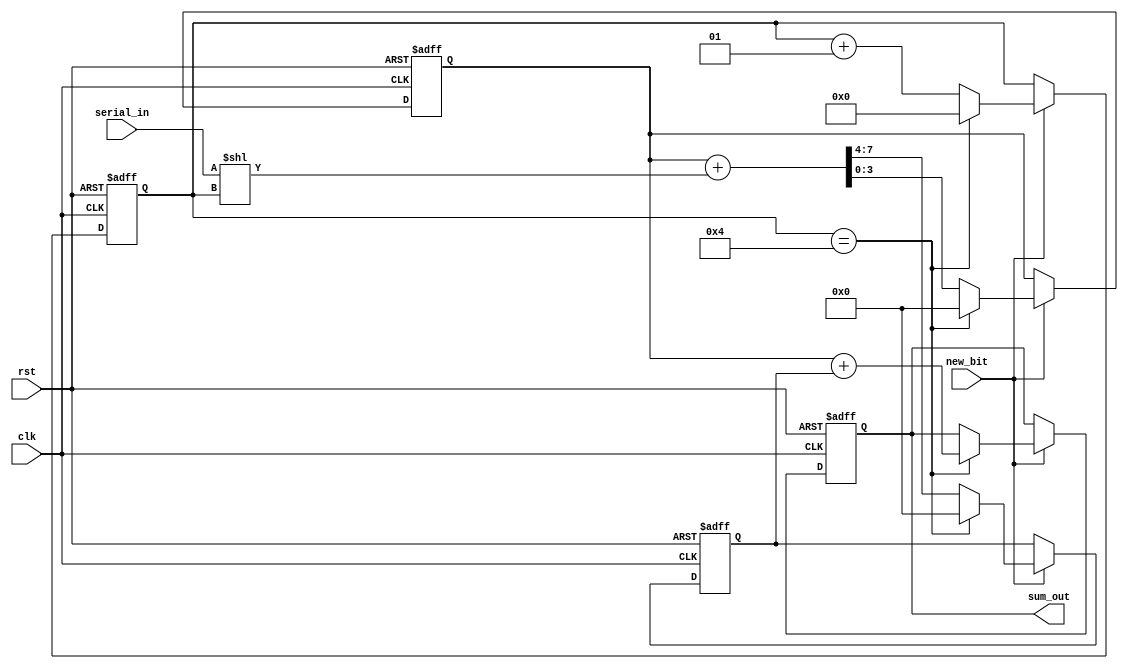
module CarrySaveAdder (
    input wire clk,                // Clock signal
    input wire rst,                // Reset signal
    input wire new_bit,            // Control signal indicating a new bit is available
    input wire [n-1:0] serial_in,  // Serial input data (assuming n bits for each number)
    output reg [n:0] sum_out       // Output sum (n+1 bits to accommodate carry)
);

parameter n = 4; // Number of bits in each input number
reg [n-1:0] sum;          // Current sum register
reg [n-1:0] carry;        // Current carry register
reg [2*n-1:0] temp_sum;   // Temporary storage for sum and carry calculation
integer count;            // Bit counter for serial input

// State to track the number of bits processed
always @(posedge clk or posedge rst) begin
    if (rst) begin
        sum <= 0;
        carry <= 0;
        count <= 0;
        sum_out <= 0;
    end else if (new_bit) begin
        // Carry Save Logic
        // Calculate new sum and carry
        temp_sum = sum + (serial_in << count);
        sum <= temp_sum[n-1:0]; // Lower n bits as new sum
        carry <= temp_sum[2*n-1:n]; // Upper n bits as carry

        // Increment bit counter
        count <= count + 1;

        // If all bits have been processed (e.g., count == n), perform final addition
        if (count == n) begin
            // Final addition to resolve carry
            sum_out <= sum + carry;
            // Reset for next input
            count <= 0;
            sum <= 0;
            carry <= 0;
        end
    end
end

endmodule